Vaccination report Assam 1874-1896 - 1874-1896
Year: 1874
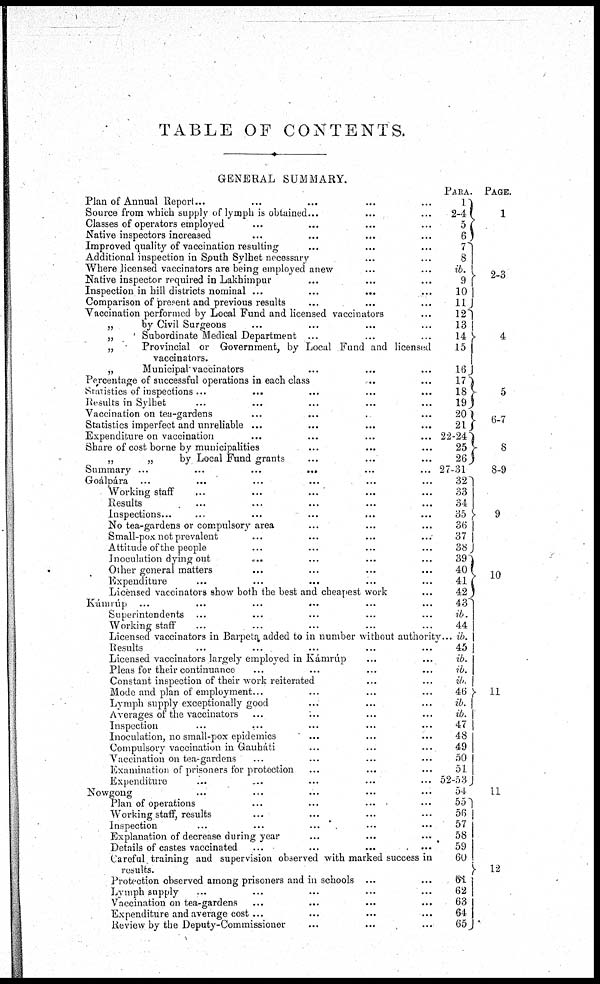
TABLE OF CONTENTS.
GENERAL SUMMARY.
Plan of Annual Report... ... ... ... ...
Source from which supply of lymph is obtained... ... ...
Classes of operators employed ... ... ... ...
Native inspectors increased ... ... ... ...
Improved quality of vaccination resulting ... ... ...
Additional inspection in South Sylhet necessary ... ...
Where licensed vaccinators are being employed anew ... ...
Native inspector required in Lakhimpur ... ... ...
Inspection in hill districts nominal ...
...
...
Comparison of present and previous results ... ... ...
Vaccination performed by Local Fund and licensed vaccinators ...
„
by Civil Surgeons ... ... ... ...
„
Subordinate Medical Department ... ... ...
„
Provincial or Government, by Local Fund and licensed
vaccinators.
„
Municipal vaccinators ... ... ...
Percentage of successful operations in each class ... ...
Srutistics of inspections ... ... ... ...
Results in Sylhet ... ... ... ... ...
Vaccination on tea-gardens ... ... ... ...
Statistics imperfect and unreliable ... ... ... ...
Expenditure on vaccination ... ... ... ...
Share of cost borne by municipalities ... ... ...
„
„
by Local Fund grants ... ... ...
Summary ...
...
...
...
Goálpára ... ... ... ... ... ...
Working staff
... ... ... ... ...
Results ... ... ... ... ...
Inspections... ... ... ... ... ...
No tea-gardens or compulsory area ... ... ...
Small-pox not prevalent ... ... ... ...
Attitude of the people ... ... ... ...
Inoculation dying out ... ... ... ...
Other general matters ... ... ... ...
Expenditure ... ... ... ... ...
Licensed vaccinators show both the best and cheapest work ...
Kámrúp ... ... ... ... ... ...
Superintendents ... ... ... ... ...
Working staff ... ... ... ... ...
Licensed vaccinators in Barpeta added to in number without authority ...
Results ... ... ... ... ...
Licensed vaccinators largely employed in Kámrúp ... ...
Pleas for their continuance ... ... ... ...
Constant inspection of their work reiterated ... ...
Mode and plan of employment... ... ... ... ...
Lymph supply exceptionally good ... ... ...
Averages of the vaccinators ... ... ... ...
Inspection ... ... ... ... ...
Inoculation, no small-pox epidemics ... ... ...
Compulsory vaccination in Gauháti ... ... ...
Vaccination on tea-gardens ... ... ... ...
Examination of prisoners for protection ... ... ...
Expenditure ... ... ... ... ...
Nowgong ... ... ... ... ...
Plan of operations ... ... ... ...
Working staff, results ... ... ... ...
Inspection ... ... ... ... ...
Explanation of decrease during year ... ... ...
Details of castes vaccinated ... ... ... ...
Careful training and supervision observed with marked success in
results.
Protection observed among prisoners and in schools ... ...
Lymph supply ... ... ... ... ...
Vaccination on tea-gardens ... ... ... ...
Expenditure and average cost ... ... ... ...
Review by the Deputy-Commissioner ... ... ...
PARA.
1
2-4
5
6
7
8
ib.
9
10
11
12
13
14
15
16
17
18 19
20
21
22-24
25
26
27-31
32
33
34
35
36
37
38
39
40
41
42
43
ib.
44
ib.
45
ib.
ib.
ib.
46
ib.
ib.
47
48
49
50
51
52-53
54
55
56
57
58
59
60
61
62
63
64
65
PAGE.
1
2-3
4
5
6-7
8
8-9
9
10
11
11
12